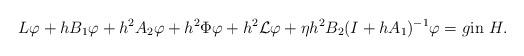
LaTeX: \begin{align*}L\varphi + hB_{1}\varphi + h^2 A_{2}\varphi + h^2 \Phi\varphi + h^2 {\cal L}\varphi + \eta h^2 B_2 (I+hA_1)^{-1}\varphi = g \mbox{in}\ H. \end{align*}